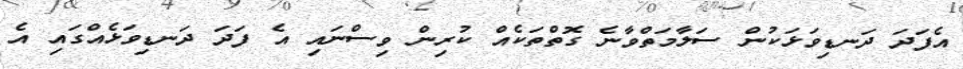
އެފަދަ ދަނޑިވަޅަކުން ސަލާމަތްވާނެ ގޮތްތަކެއް ކުރިން ވިސްނައި އެ ފަދަ ދަނޑިވަޅެއްގައި އެ